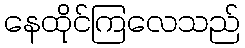
နေထိုင်ကြလေသည်